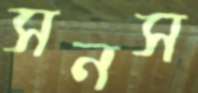
সনস